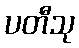
ပတီသု